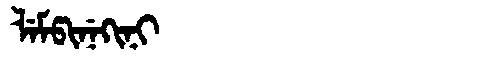
Manchu: ᠯᡝᠮᡦᡳᠨᡝᡴᡳᠨᡳ
Romanization: LEMPINEKINI